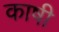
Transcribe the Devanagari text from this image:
काषी